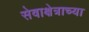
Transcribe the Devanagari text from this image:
सेवाक्षेत्राच्या